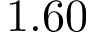
1 . 6 0